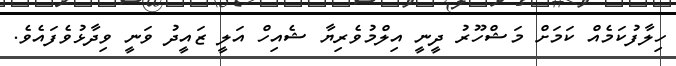
ހިލާފުކަމެއް ކަމަށް މަޝްހޫރު ދީނީ އިލްމުވެރިޔާ ޝެއިހް އަލީ ޒައީދު ވަނީ ވިދާޅުވެފައެވެ.